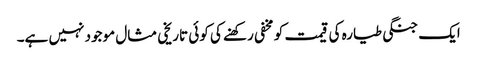
ایک جنگی طیارہ کی قیمت کو مخفی رکھنے کی کوئی تاریخی مثال موجود نہیں ہے۔